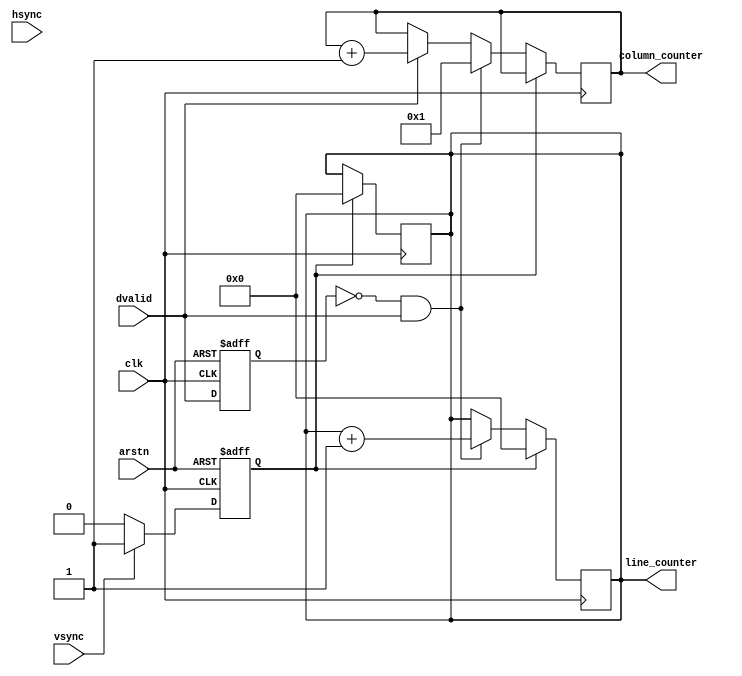
`timescale 1ns / 1ps
//////////////////////////////////////////////////////////////////////////////////
// Company: 
// Engineer: 
// 
// Design Name: 
// Module Name: ImageCounter
// Project Name: 
// Target Devices: 
// Tool Versions: 
// Description: 
// 
// Dependencies: 
// 
// Revision:
// Revision 0.01 - File Created
// Additional Comments:
// 
//////////////////////////////////////////////////////////////////////////////////


module ImageCounter #
(
    parameter IW = 640,
    parameter IH = 480,
    parameter DW = 8,
    parameter IW_DW = 12, /* Width of the column counter */ 
    parameter IH_DW = 12 /* Width of the line counter */
)
(clk,arstn,vsync,hsync,dvalid,line_counter,column_counter);


input clk;
input arstn;
input vsync;
input hsync;
input dvalid;

output reg [IH_DW-1:0]line_counter;
output reg [IW_DW-1:0]column_counter;


reg rst_all; /* reset signal for line_counter and column_counter when vsync valid*/
always@(posedge clk or negedge arstn)
    begin
        if(~arstn)
            rst_all <= 1'b1;
        else
        begin
            if(vsync == 1'b1)
                rst_all <= 1'b1;
            else
                rst_all <= 1'b0;
        end
    end
    
wire dvalid_rise; /* dvalid rise edge */
reg dvalid_r;
always@(posedge clk or negedge arstn)
    begin
        if(~arstn)
            dvalid_r <= 1'b0;
        else
            dvalid_r <= dvalid;
    end

assign dvalid_rise = (~dvalid_r) & dvalid;


/* line counter  */
always@(posedge clk)
    begin
        if(rst_all)
            line_counter[IH_DW-1:0] <= {IH_DW{1'b0}};
        else
            if(dvalid_rise)
            begin
                line_counter[IH_DW-1:0] <= line_counter[IH_DW-1:0] + {{IH_DW-1{1'b0}},1'b1};
            end
    end

/* column counter */
always@(posedge clk)
    begin
        if(rst_all)
            line_counter[IW_DW-1:0]<= {IW_DW{1'b0}};
        else
            begin
                if(dvalid_rise)
                    column_counter[IW_DW-1:0] <= {{IW_DW-1{1'b0}},1'b1};
                else
                    begin
                        if(dvalid)
                            column_counter[IW_DW-1:0] <= column_counter[IW_DW-1:0] + {{IW_DW-1{1'b0}},1'b1};
                    end 
            end
    end
endmodule